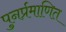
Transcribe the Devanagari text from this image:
पुनर्प्रमाणित